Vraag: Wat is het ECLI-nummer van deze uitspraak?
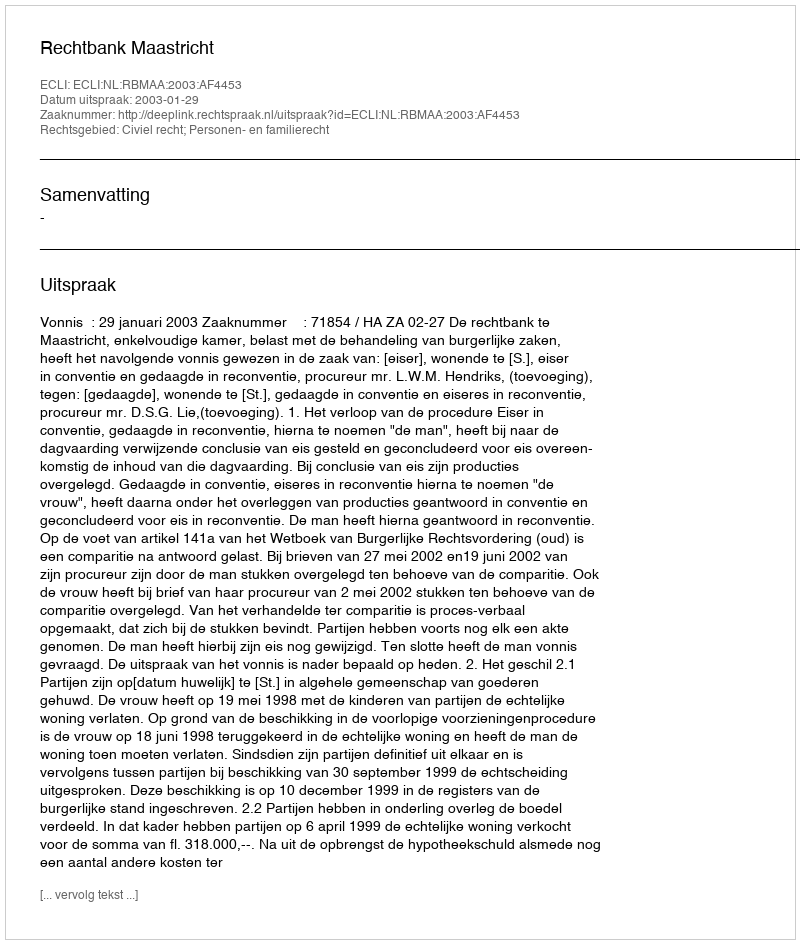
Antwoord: ECLI:NL:RBMAA:2003:AF4453